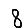
Digit: 8